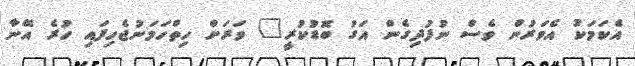
އެކަމަކު އެވަރުން ވެސް ނުފުދިގެން އަގު ބޮޑުކުރީ" ވަރަށް ހިތްހަމަނުޖެހިފައި ހުރެ އޭނާ